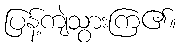
ပြန့်ကျဲသွားကြ၏။